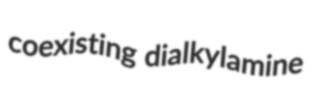
coexisting dialkylamine